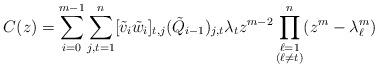
LaTeX: \begin{align*}C(z)=\sum_{i=0}^{m-1}\sum_{j,t=1}^n[\tilde{v}_i\tilde{w}_i]_{t,j}(\tilde{Q}_{i-1})_{j,t}\lambda_tz^{m-2}\prod_{\substack{\ell=1\\(\ell\neq t)}}^n(z^m-\lambda_\ell^m)\end{align*}